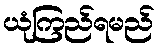
ယုံကြည်ရမည်